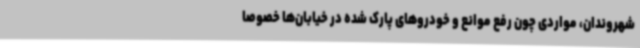
شهروندان، مواردی چون رفع موانع و خودروهای پارک شده در خیابان‌ها خصوصا